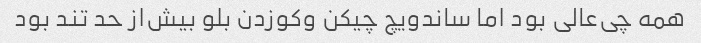
همه چی‌عالی بود اما ساندویچ چیکن و‌کوزدن بلو بیش‌از حد تند بود